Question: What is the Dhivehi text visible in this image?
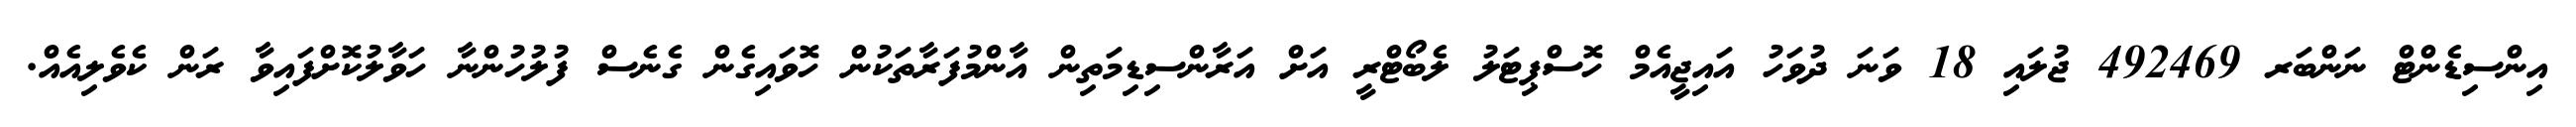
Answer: އިންސިޑެންޓް ނަންބަރ 492469 ޖުލައި 18 ވަނަ ދުވަހު އައިޖީއެމް ހޮސްޕިޓަލު ލެބޯޓްރީ އަށް އަރާންސިޑިމަތިން އާންމުފަރާތަކުން ހޮވައިގެން ގެނެސް ފުލުހުންނާ ހަވާލުކޮށްފައިވާ ރަން ކެވެލިއެއް.